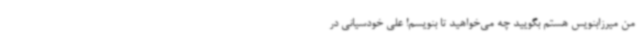
من میرزابنویس هستم بگویید چه می‌خواهید تا بنویسم! علی خودسیانی در